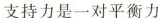
支持力是一对平衡力